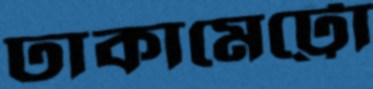
ঢাকামেট্টো